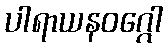
ပါရာယနဝဂ္ဂေါ